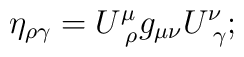
\eta _{\rho \gamma }=U_{\,\,\rho }^\mu g_{\mu \nu }U_{\,\,\gamma }^\nu ;